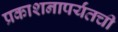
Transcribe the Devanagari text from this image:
प्रकाशनापर्यंतची